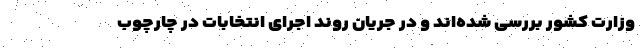
وزارت کشور بررسی شده‌اند و در جریان روند اجرای انتخابات در چارچوب